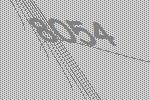
8054